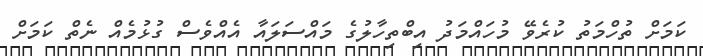
ކަމަށް ތުހްމަތު ކުރެވޭ މުހައްމަދު އިބްތިހާލުގެ މައްސަލައާ އެއްވެސް ގުޅުމެއް ނެތް ކަމަށް